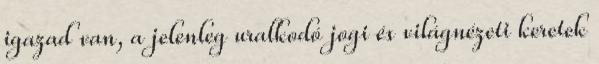
igazad van, a jelenleg uralkodó jogi és világnézeti keretek